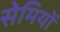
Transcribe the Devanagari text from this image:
सेमियों